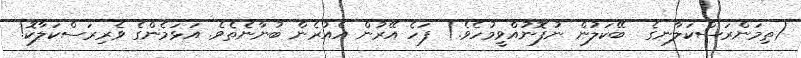
(ތިމަންރަސްކަލާނގެ  ބޭކަލުން ނުފޮނުއްވީމުހެވެ.) ފަހެ އޭރުން އެއުރެން ބުނާނެތެވެ. އަޅަމެންގެ ވެރިރަސްކަލާކޮ!